NAE_ERA_R-2324_Eesti_Vabariigi_Pohiseaduslik_Assamblee, lk 61
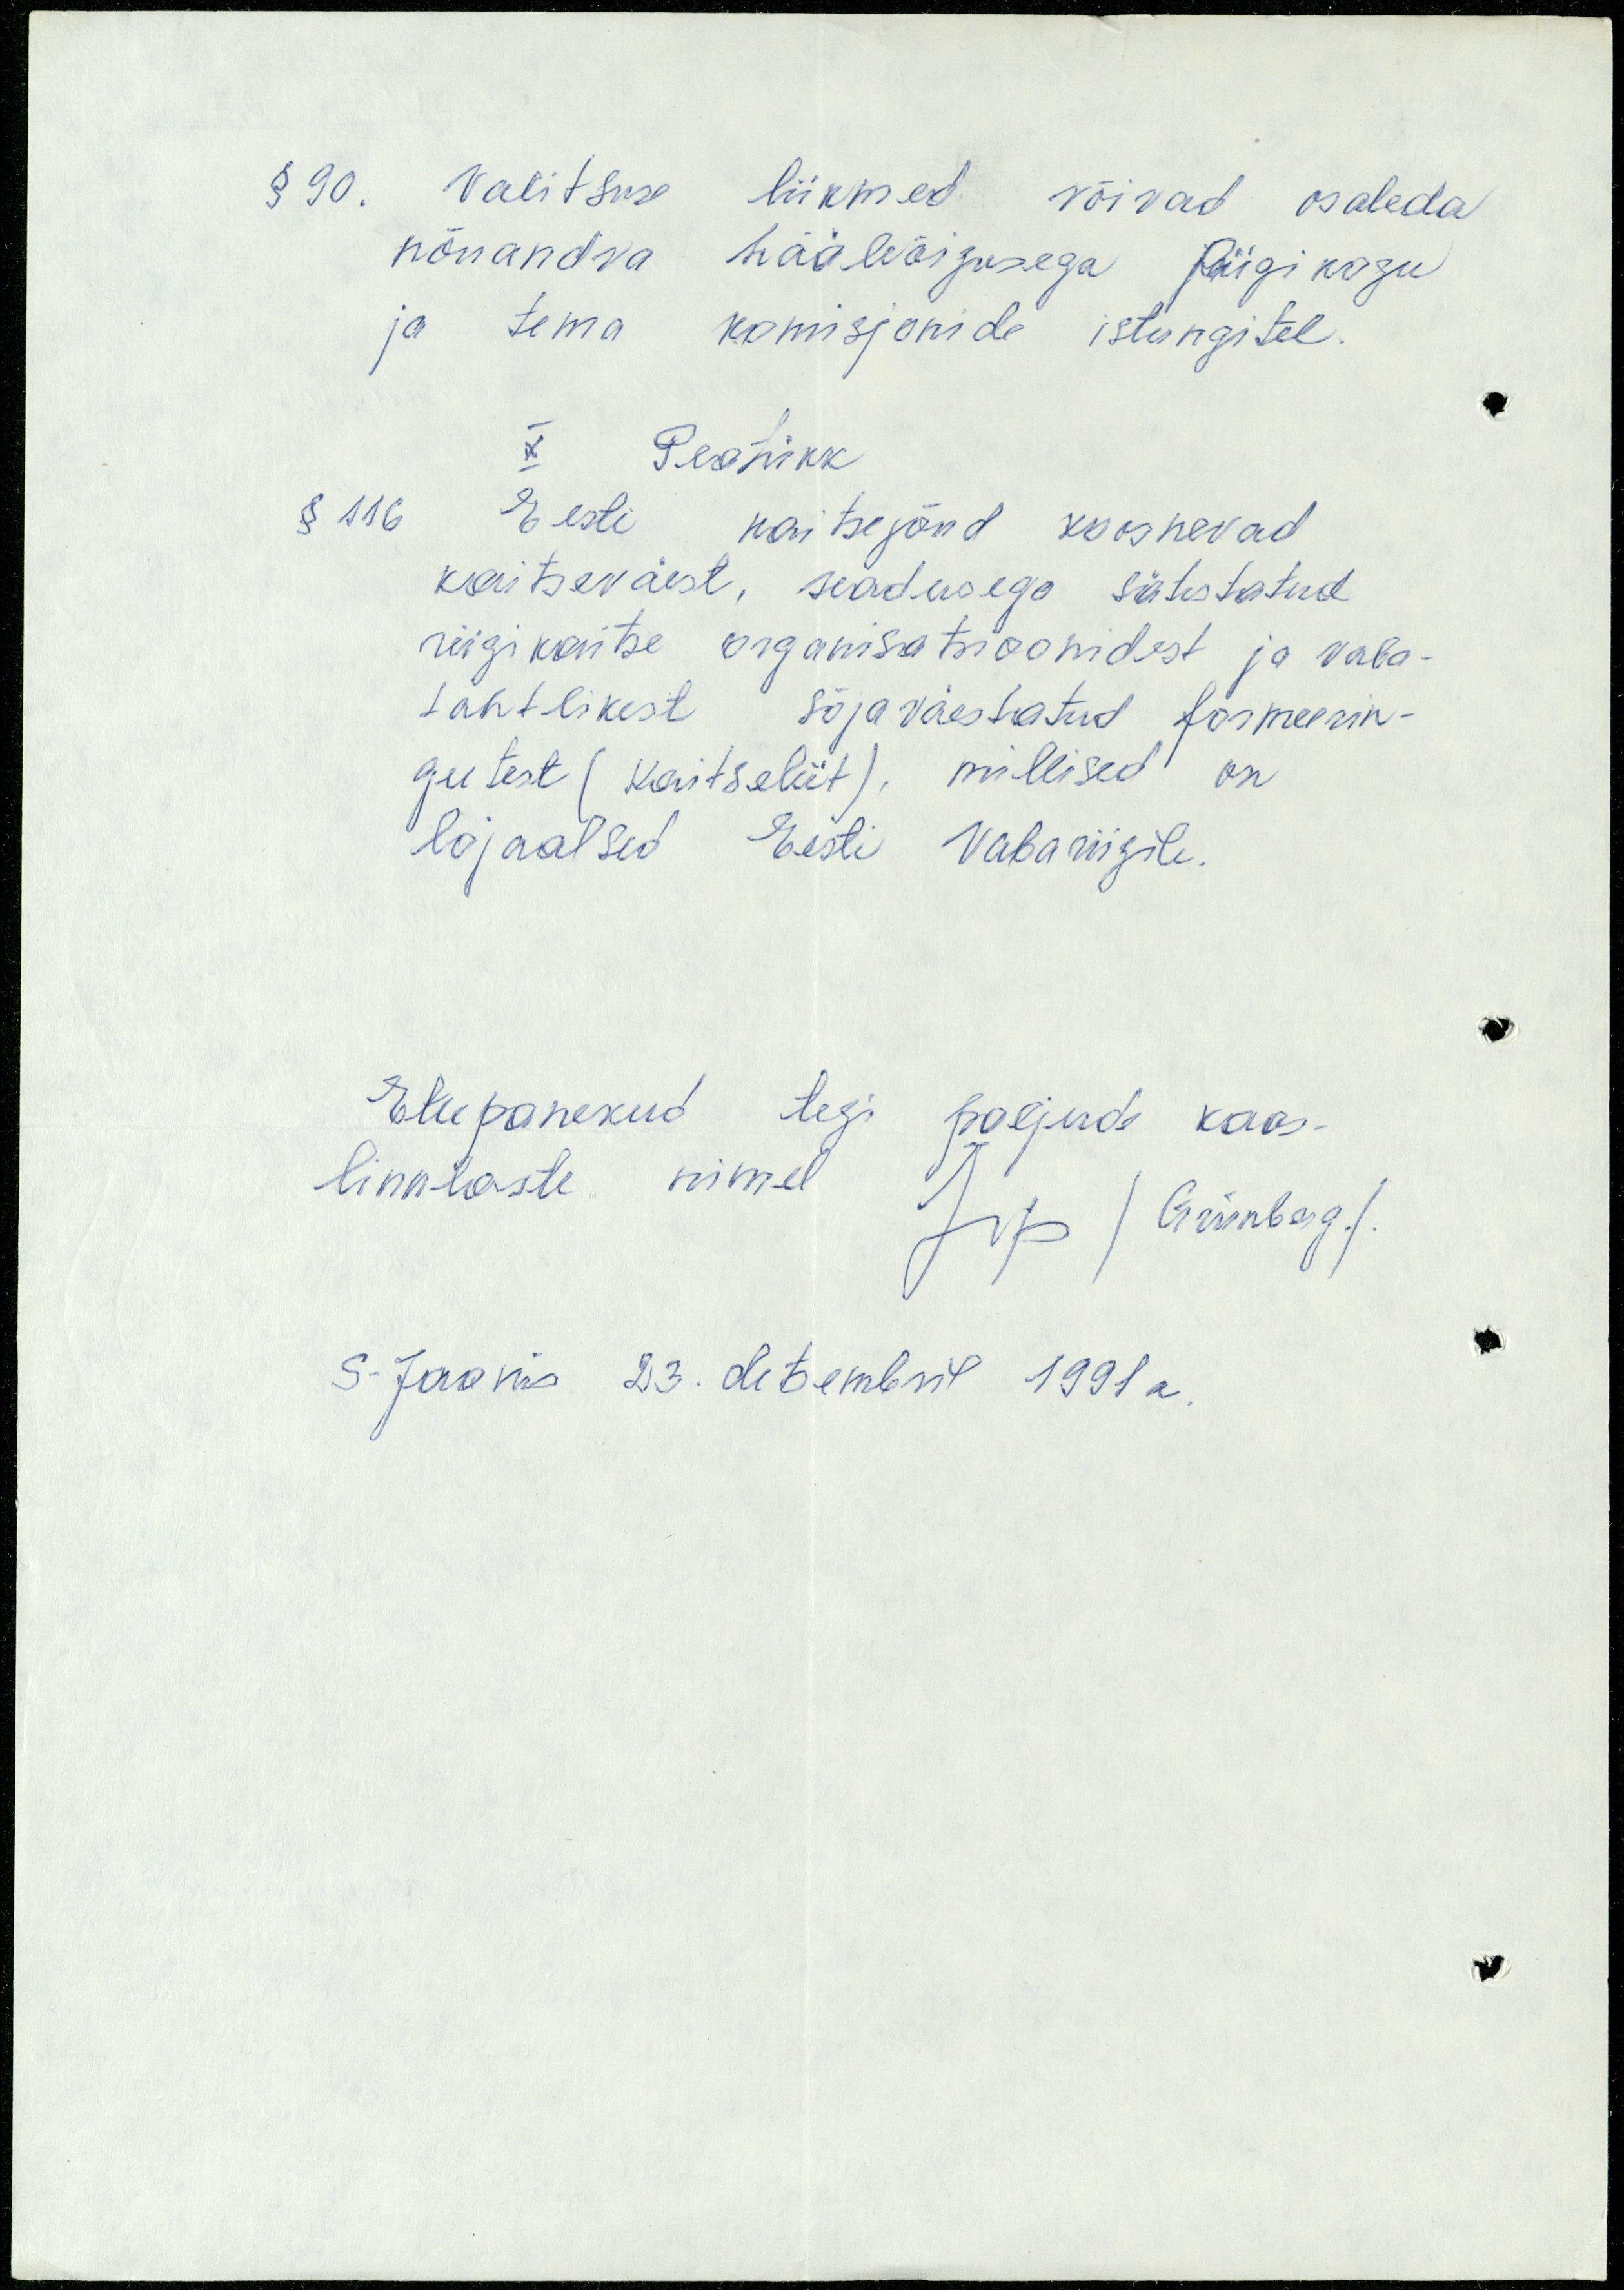
§ 90. Valitsuse liikmed võivad osaleda
nõuandva hääleõigusega Riigikogu
ja tema komisjonide istungitel.
X Peatükk
§ 116 Eesti kaitsejõud koosnevad
kaitseväest, seadusega sätestatud
riigikaitse organisatsioonidest ja vaba-
tahtlikest sõjaväestatud formeerin-
gutest (Kaitseliit), millised on
lojaalsed Eesti Vabariigile.
Ettepanekud tegi paljude kaas-
linnlaste nimel
/Grünberg/
S-Jaanis 23. detsembril 1991a.